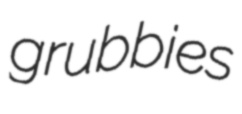
grubbies